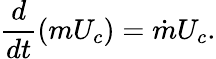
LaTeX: \frac{d}{dt}(mU_{c})=\dot{m}U_{c}.